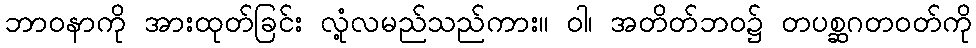
ဘာဝနာကို အားထုတ်ခြင်း လုံ့လမည်သည်ကား။ ဝါ၊ အတိတ်ဘဝ၌ တပစ္ဆဂတဝတ်ကို